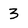
Character: 3